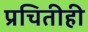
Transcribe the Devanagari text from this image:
प्रचितीही